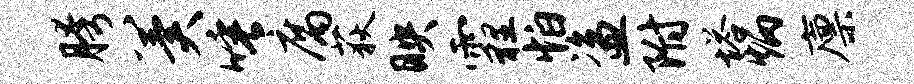
胯冀唾腐荻映霾怕盗附塔炳廪